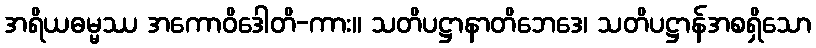
အရိယဓမ္မဿ အကောဝိဒေါတိ-ကား။ သတိပဋ္ဌာနာတိဘေဒေ၊ သတိပဋ္ဌာန်အစရှိသော